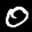
Label: 0